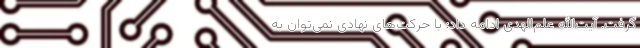
گرفت. آیت‌الله علم‌الهدی ادامه داد: با حرکت‌های نهادی نمی‌توان به